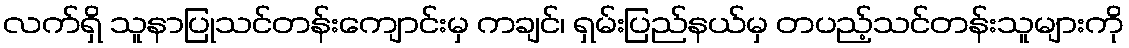
လက်ရှိ သူနာပြုသင်တန်းကျောင်းမှ ကချင်၊ ရှမ်းပြည်နယ်မှ တပည့်သင်တန်းသူများကို